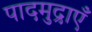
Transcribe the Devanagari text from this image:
पादमुद्राएँ